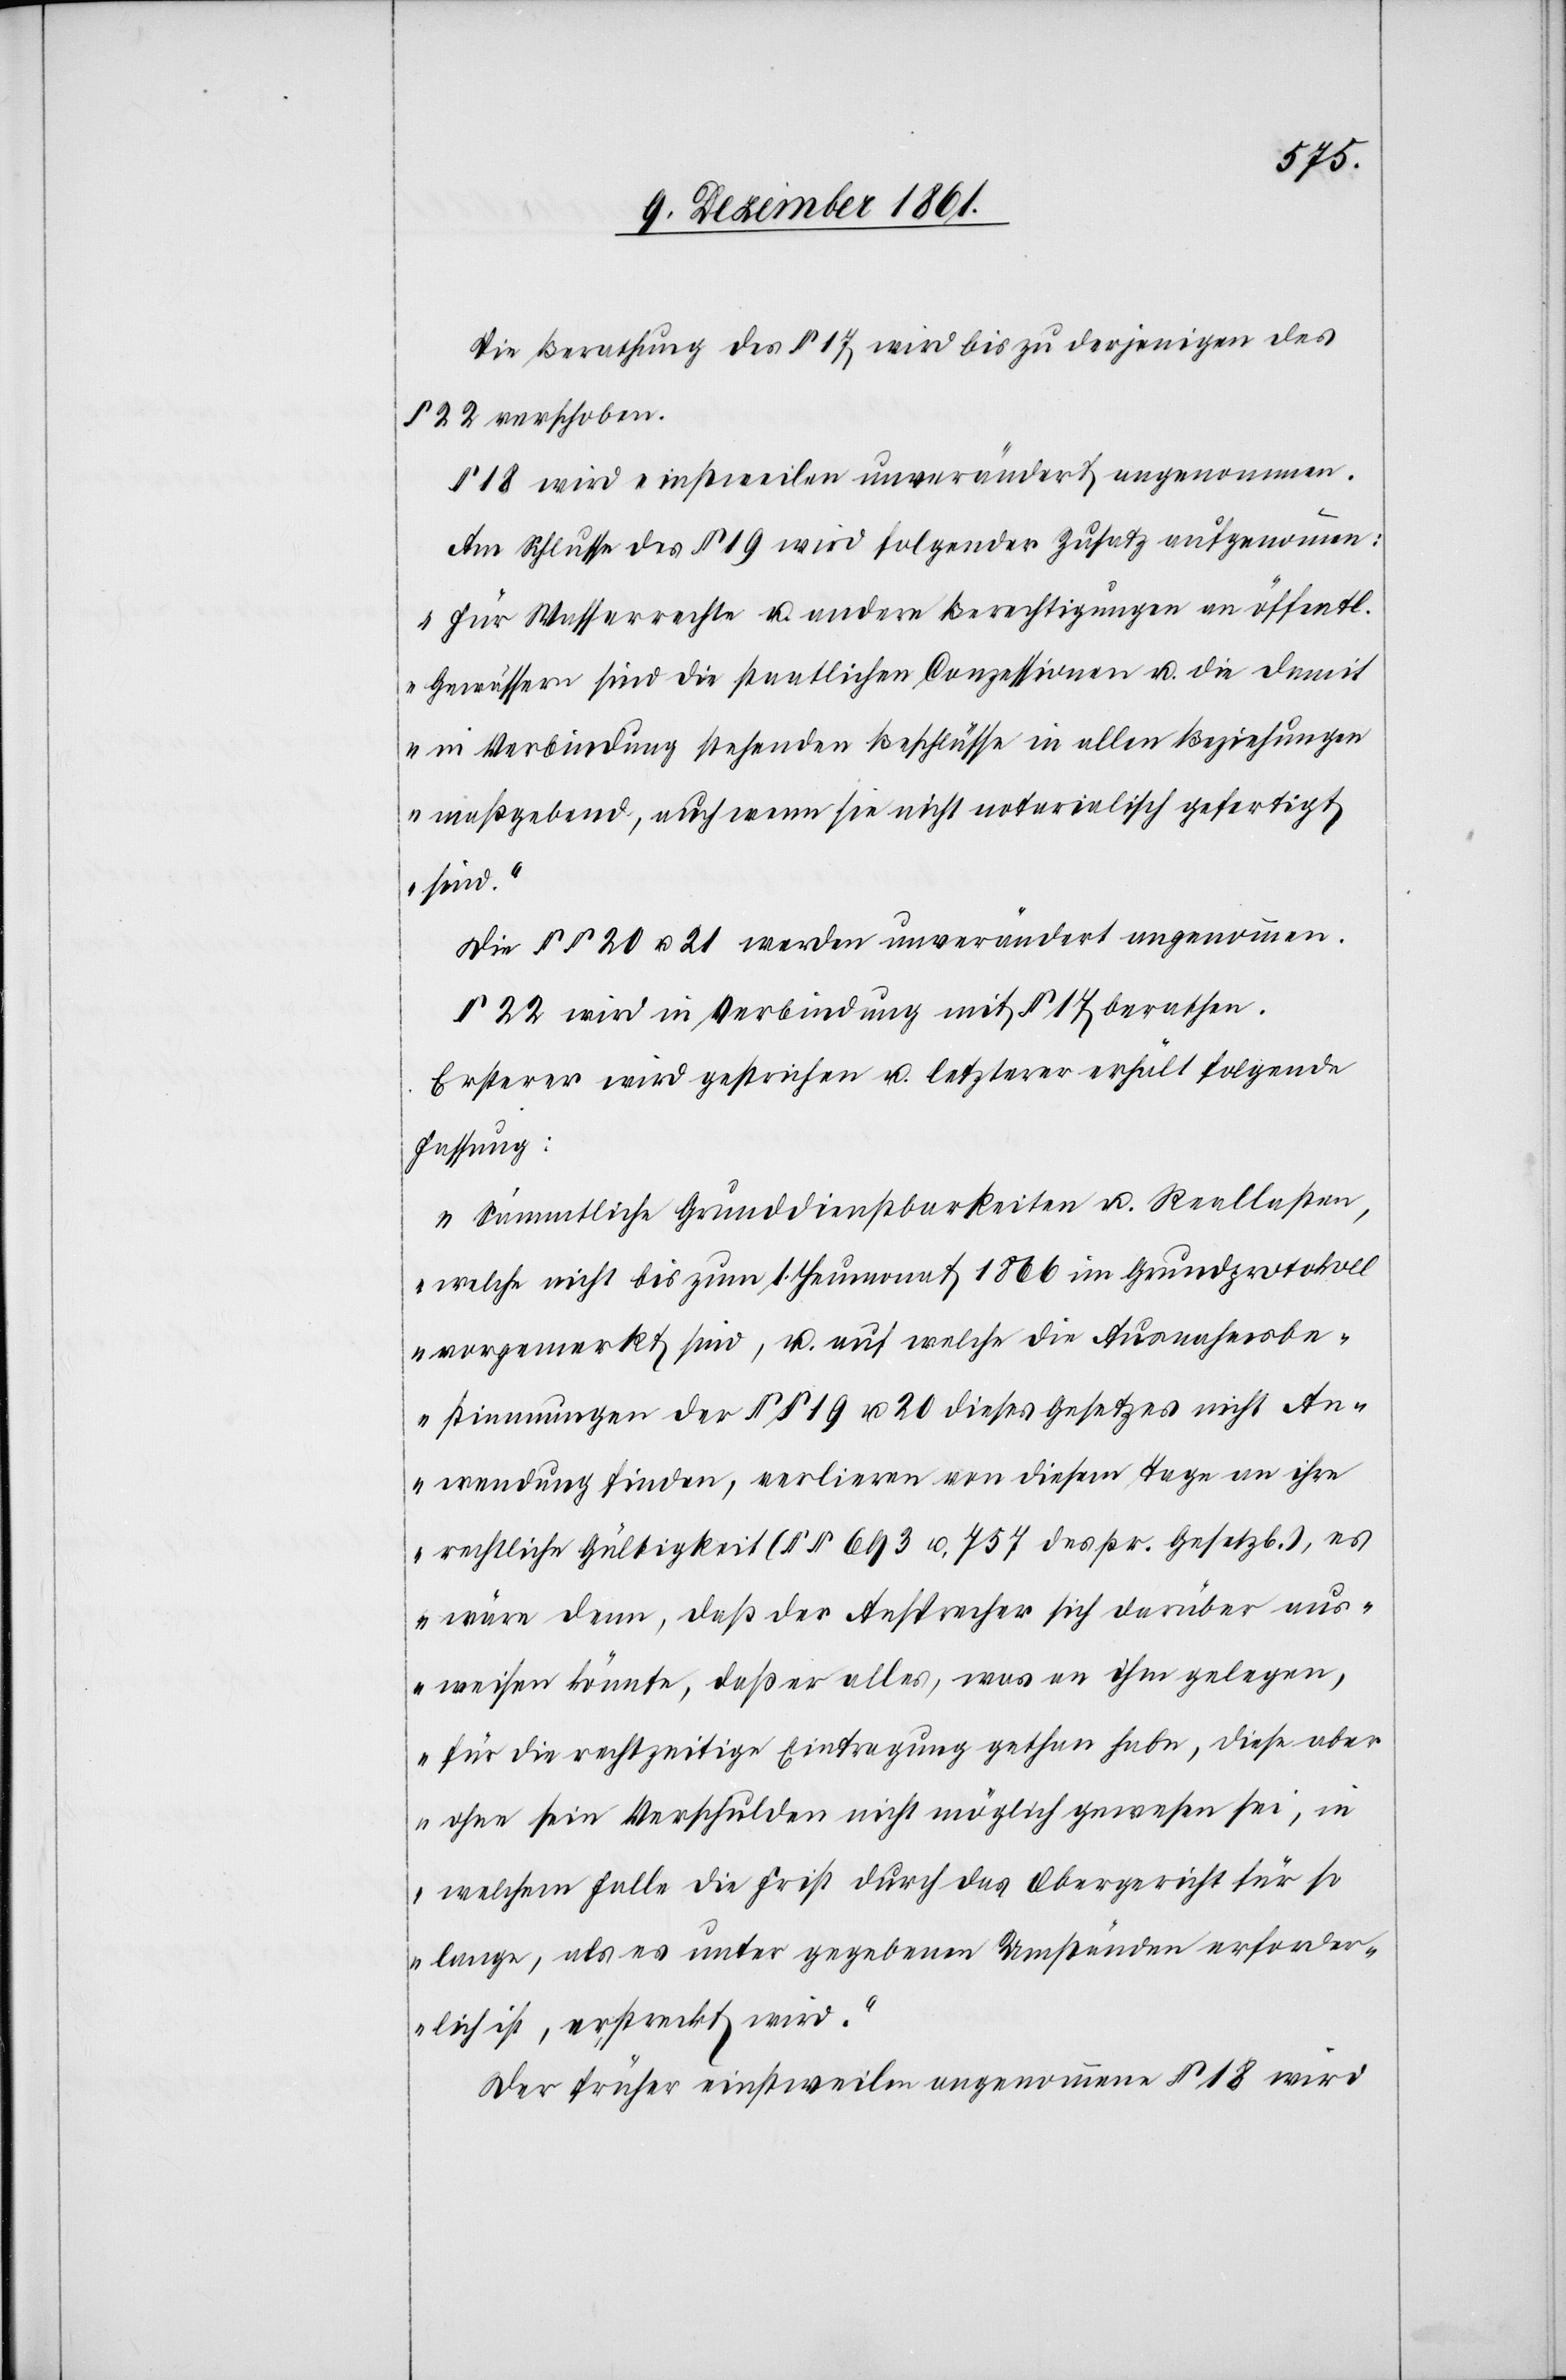
Die Berathung des § 17 wird bis zu derjenigen des
§ 22 verschoben.
§ 18 wird einstweilen unverändert angenommen.
Am Schlusse des § 19 wird folgender Zusatz aufgenommen:
„Für Wasserrechte u. andere Berechtigungen an öffentl.
Gewässern sind die staatlichen Conzessionen u. die damit
in Verbindung stehenden Beschlüsse in allen Beziehungen
maßgebend, auch wenn sie nicht notarialisch gefertigt
sind.“
Die §§ 20 u. 21 werden unverändert angenommen.
§ 22 wird in Verbindung mit § 17 berathen.
Ersterer wird gestrichen u. letzterer erhält folgende
Fassung:
„Sämmtliche Grunddienstbarkeiten u. Reallasten,
welche nicht bis zum 1 Heumonat 1866 im Grundprotokoll
vorgemerkt sind, u. auf welche die Ausnahmsbe¬
stimmungen der §§ 19 u. 20 dieses Gesetzes nicht An¬
wendung finden, verlieren von diesem Tage an ihre
rechtliche Gültigkeit (§§ 693 u. 757 des pr. Gesetzb.), es
wäre denn, daß der Ansprecher sich darüber aus¬
weisen könnte, daß er alles, was an ihm gelegen,
für die rechtzeitige Eintragung gethan habe, diese aber
ohne sein Verschulden nicht möglich gewesen sei, in
welchem Falle die Frist durch das Obergericht für so
lange, als es unter gegebenen Umständen erforder¬
lich ist, erstreckt wird.“
Der früher einstweilen angenommene § 18 wird